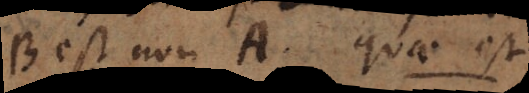
B est non A una est